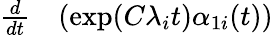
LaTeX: \begin{array}{rl}{\frac{d}{dt}}&{{}(\exp(C\lambda_{i}t)\alpha_{1i}(t))}\end{array}